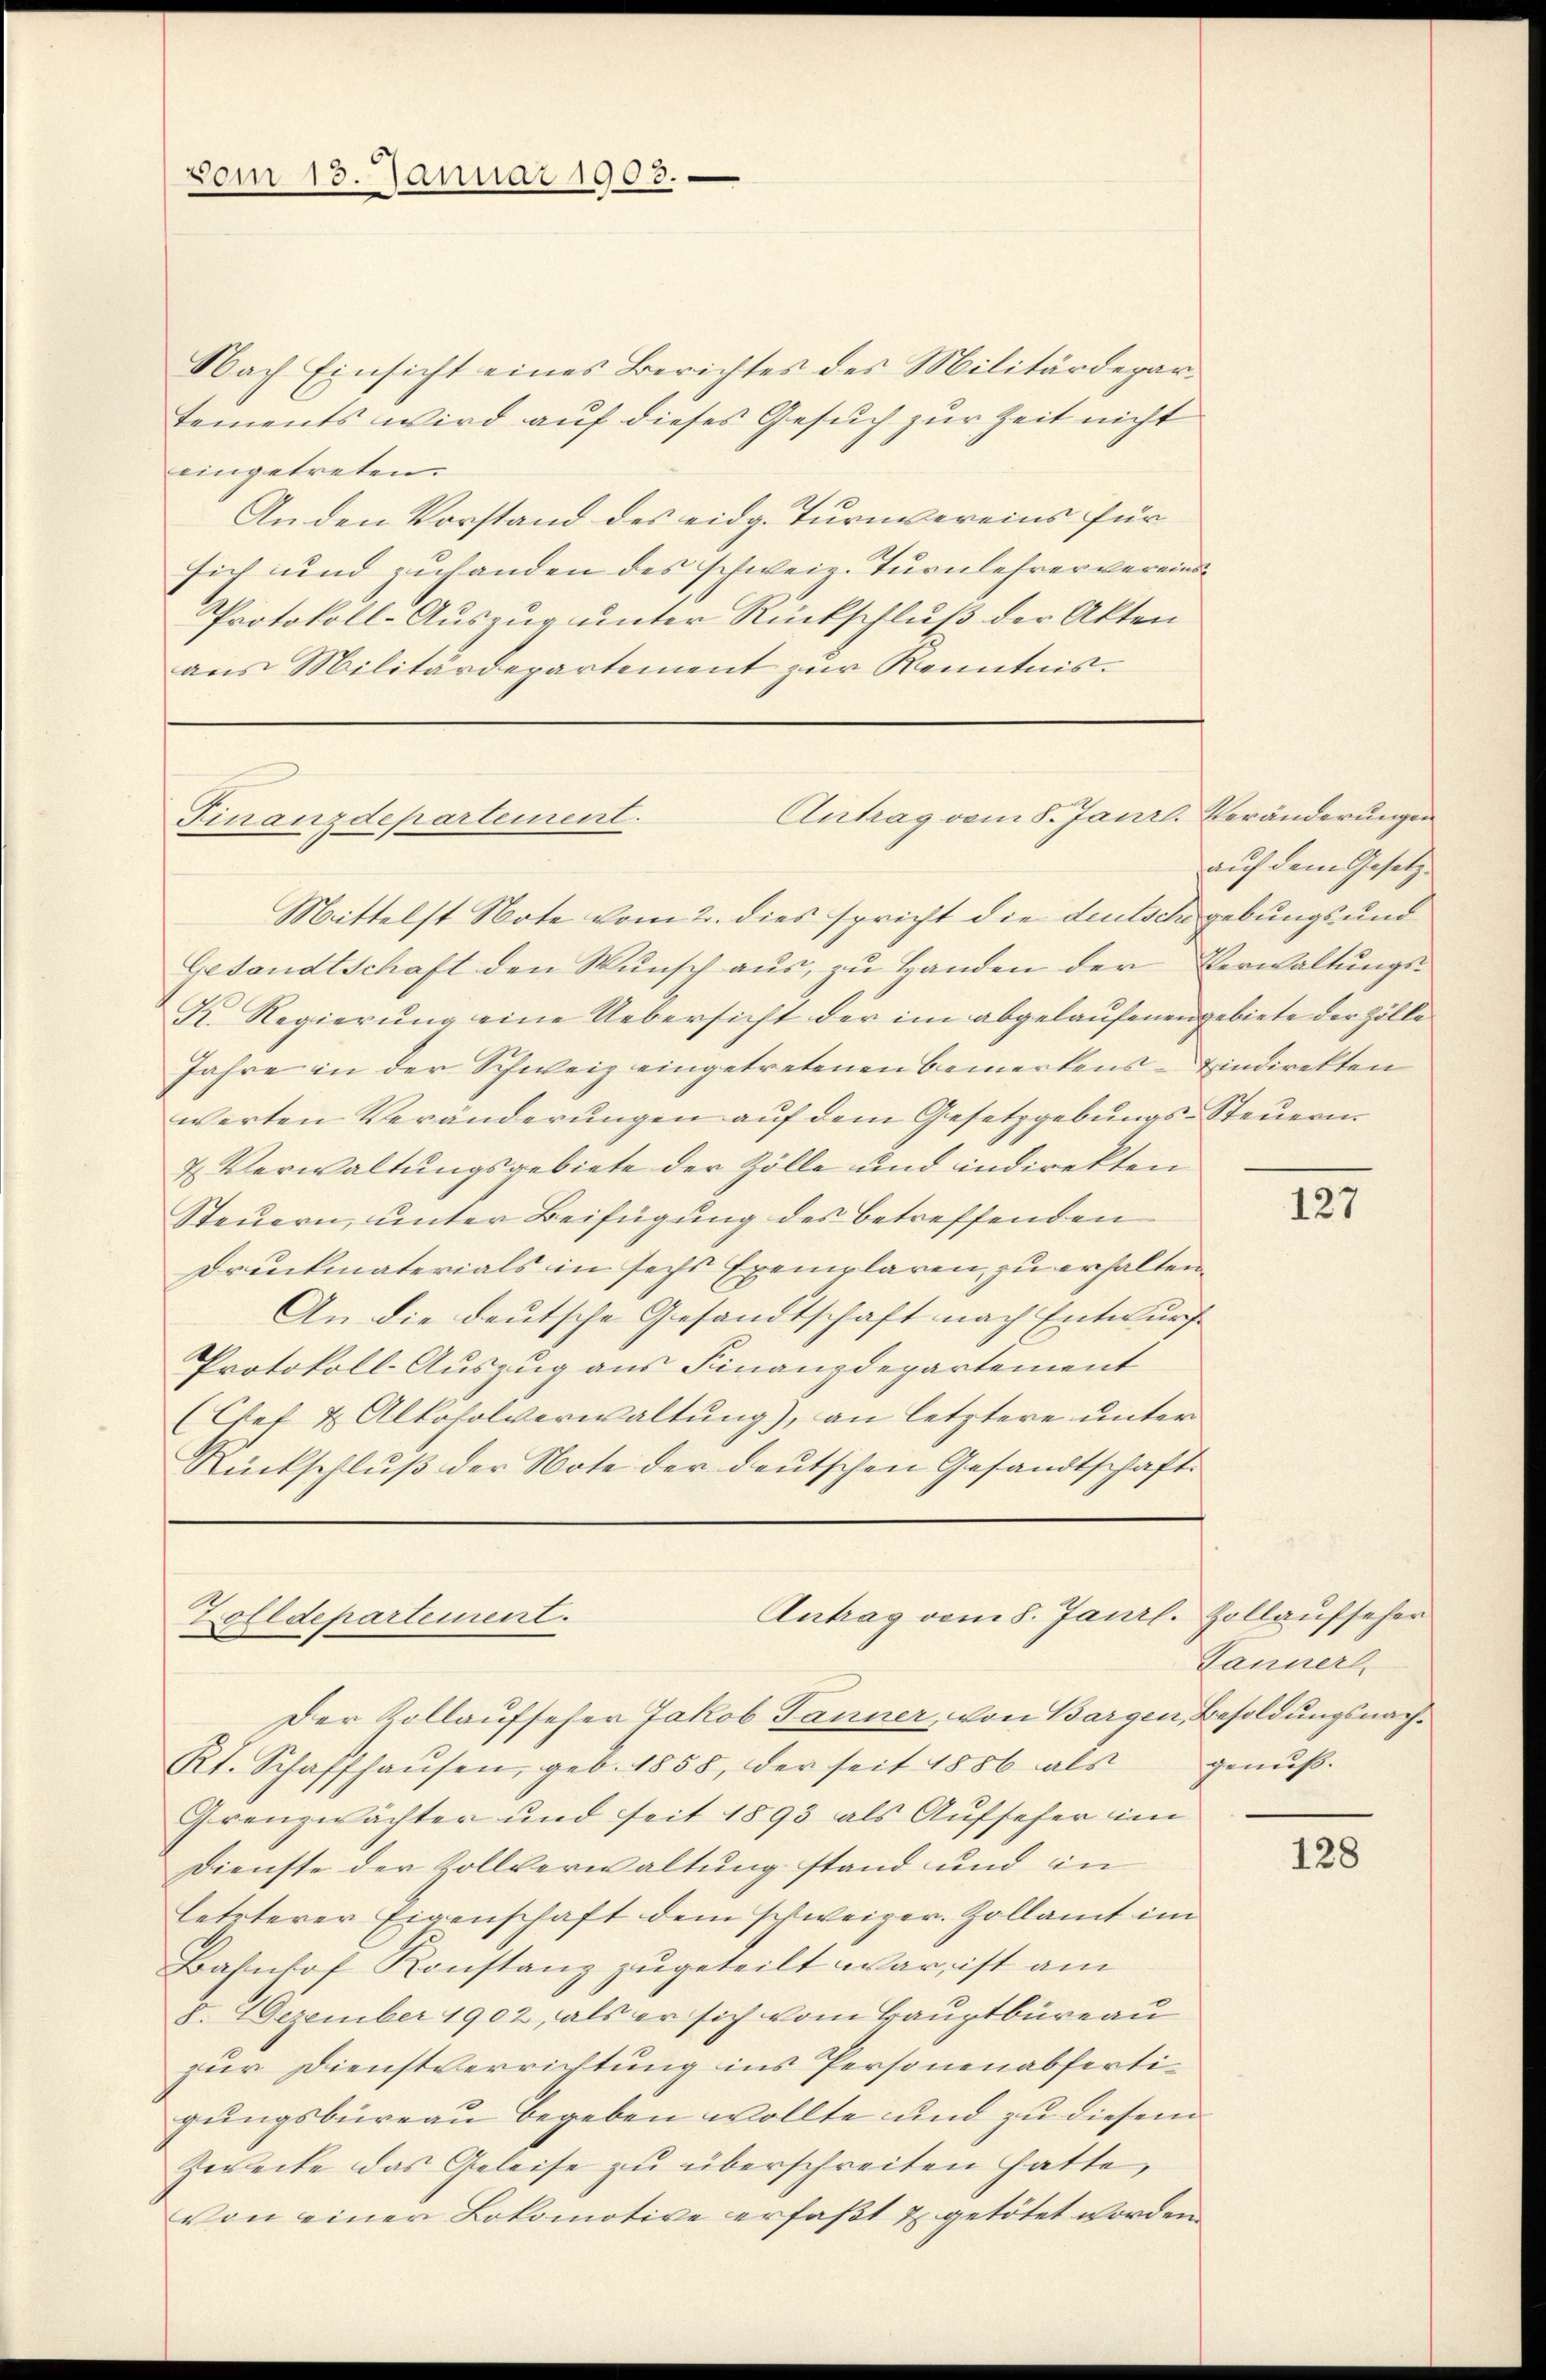
vom 13. Januar 1903.

Nach Einsicht eines Berichtes des Militärdepartements wird auf dieses Gesuch zur Zeit nicht
eingetreten.
An den Vorstand des eidg. Turnvereins für
sich und zuhanden des schweiz. Turnlehrer vereind¬
Protokoll-Auszug unter Rückschluß der Akten
aus Militärdepartement zur Kenntnis¬

Antrag vom 8. Janrl. Veränderungen
Finanzdepartement.
Mittelst Note vom 2. dies spricht die deutsche gebungs- und

Gesandtschaft den Wunsch aus, zu Handen der Verwaltungs¬
K. Regierŭng eine Uebersicht der im abgelaufenen gebiete der Zölle
Jahre in der Schweiz eingetretenen Bemerkens- Eindirekten
werten Veränderungen auf dem Gesetzgebungs-Steuern.
2 Verwaltungsgebiete der Zölle und indirekten
Steuern, unter Beifügung des betreffenden
Druckmaterials in sechs Exemplaren, zu erhalten
An die deutsche Gesandtschaft nach Entwurfe
Protokoll-Auszug aus Finanzdepartement
(Chef & Alkoholverwaltung), an letztere unter
Rückschluß der Note der deutschen Gesandtschaft.

Antrag vom 8. Janrl. Zollaufseher
Zolldepartement.

auf dem Gesetz¬

Der Kollaufseher Jakob Tanner, von Bargen, Besoldungsnach¬
Kt. Schaffhaŭsen, geb. 1858, der seit 1886 als
Grenzwächter und seit 1893 als Aufseher im
Dienste der Zollverwaltung stand und in
letzterer Eigenschaft dem schweizer. Zollamt im
Bahnhof Konstanz zugeteilt war, ist am
8. Dezember 1902, als er sich vom Hauptbüreau
zur Dienstverrichtung ins Personen abfertigungsbüreau begeben wollte und zu diesem
Zwecke das Geleise zu überschreiten hatte,
von einer Lokomotive erfaßt & getötet worden.

127

Janner
genuß.

128